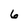
Character: 6